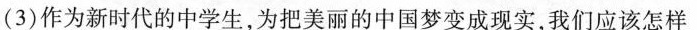
(3)作为新时代的中学生，为把美丽的中国梦变成现实，我们应该怎样